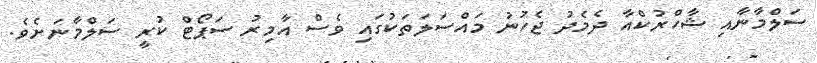
ސަލްމާނާއި ޝާހްރުކްއާ ދެމެދު ޖެހުނު މައްސަލަތަކުގައި ވެސް އާމިރު ސަޕޯޓް ކުރީ ސަލްމާނަށެވެ.